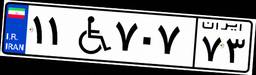
۱۱W۷۰۷۷۳